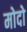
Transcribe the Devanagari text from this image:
मोदो